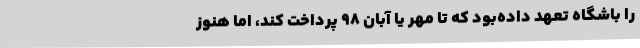
را باشگاه تعهد داده‌بود که تا مهر یا آبان 98 پرداخت کند، اما هنوز